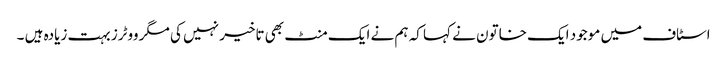
اسٹاف میں موجود ایک خاتون نے کہا کہ ہم نے ایک منٹ بھی تاخیر نہیں کی مگر ووٹرز بہت زیادہ ہیں ۔